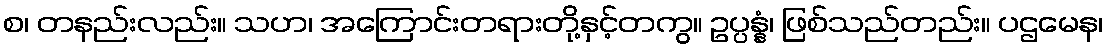
စ၊ တနည်းလည်း။ သဟ၊ အကြောင်းတရားတို့နှင့်တကွ။ ဥပ္ပန္နံ၊ ဖြစ်သည်တည်း။ ပဌမေန၊